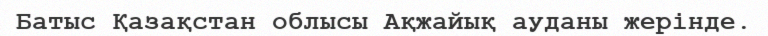
Батыс Қазақстан облысы Ақжайық ауданы жерінде.